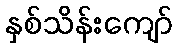
နှစ်သိန်းကျော်